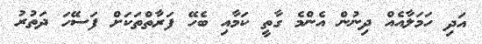
އަދި ހަމަލާއެއް ދިނުން އެންމެ ގާތީ ކަމާއި ބެހޭ ފަރާތްތަކަށް ފަސޭހަ ދަތުރު